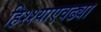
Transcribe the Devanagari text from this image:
हिश्श्याएवढ्या